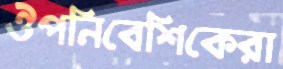
ঔপনিবেশিকেরা